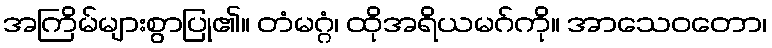
အကြိမ်များစွာပြု၏။ တံမဂ္ဂံ၊ ထိုအရိယမဂ်ကို။ အာသေဝတော၊